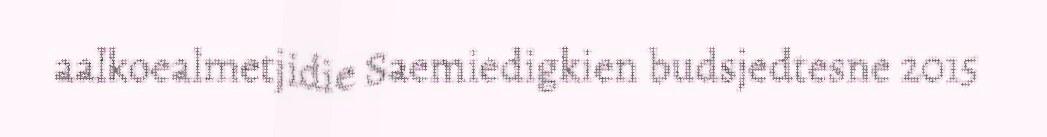
aalkoealmetjidie Saemiedigkien budsjedtesne 2015